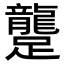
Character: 𨇘